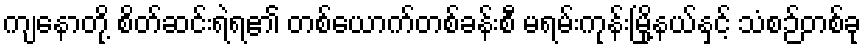
ကျနောတို့ စိတ်ဆင်းရဲရ၏ တစ်ယောက်တစ်ခန်းစီ မရမ်းကုန်းမြို့နယ်နှင့် သံစဉ်တစ်ခု